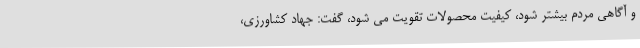
و آگاهی مردم بیشتر شود، کیفیت محصولات تقویت می شود، گفت: جهاد کشاورزی،